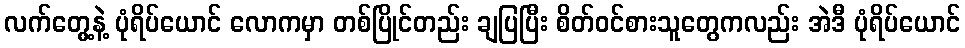
လက်တွေ့နဲ့ ပုံရိပ်ယောင် လောကမှာ တစ်ပြိုင်တည်း ချပြပြီး စိတ်ဝင်စားသူတွေကလည်း အဲဒီ ပုံရိပ်ယောင်